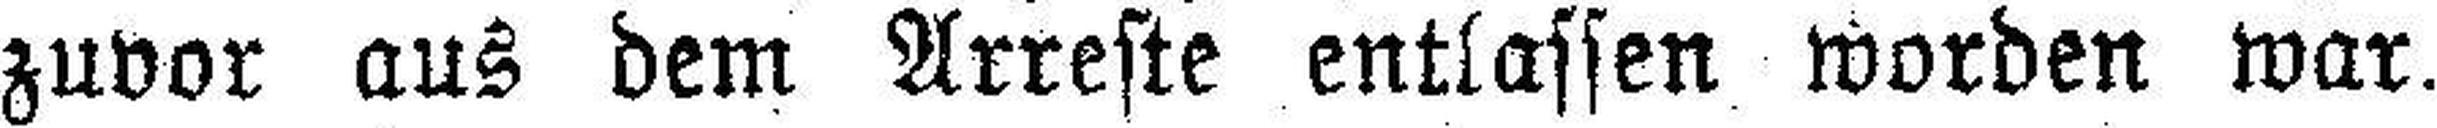
zuvor aus dem Arreste entlassen worden war.